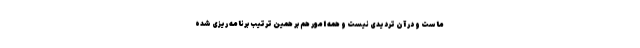
ماست و در آن تردیدی نیست و همه امور هم بر همین ترتیب برنامه ریزی شده